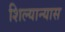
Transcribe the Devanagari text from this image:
शिल्यान्यास